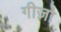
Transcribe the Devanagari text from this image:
गीज़ो